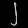
Digit: ၂